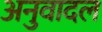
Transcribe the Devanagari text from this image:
अनुवादल